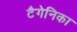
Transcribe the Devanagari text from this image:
टैगेनिका